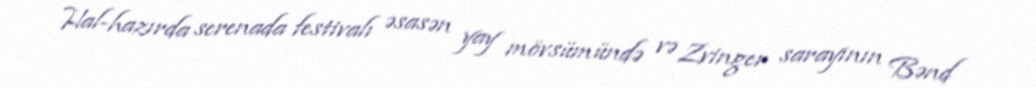
Hal-hazırda serenada festivalı əsasən yay mövsümündə və Zvinger sarayının Bənd